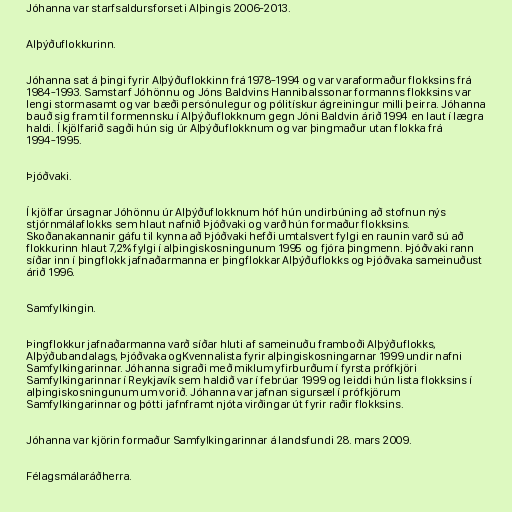
Jóhanna var starfsaldursforseti Alþingis 2006-2013.

Alþýðuflokkurinn.

Jóhanna sat á þingi fyrir Alþýðuflokkinn frá 1978-1994 og var varaformaður flokksins frá
1984-1993. Samstarf Jóhönnu og Jóns Baldvins Hannibalssonar formanns flokksins var
lengi stormasamt og var bæði persónulegur og pólitískur ágreiningur milli þeirra. Jóhanna
bauð sig fram til formennsku í Alþýðuflokknum gegn Jóni Baldvin árið 1994 en laut í lægra
haldi. Í kjölfarið sagði hún sig úr Alþýðuflokknum og var þingmaður utan flokka frá
1994-1995.

Þjóðvaki.

Í kjölfar úrsagnar Jóhönnu úr Alþýðuflokknum hóf hún undirbúning að stofnun nýs
stjórnmálaflokks sem hlaut nafnið Þjóðvaki og varð hún formaður flokksins.
Skoðanakannanir gáfu til kynna að Þjóðvaki hefði umtalsvert fylgi en raunin varð sú að
flokkurinn hlaut 7,2% fylgi í alþingiskosningunum 1995 og fjóra þingmenn. Þjóðvaki rann
síðar inn í þingflokk jafnaðarmanna er þingflokkar Alþýðuflokks og Þjóðvaka sameinuðust
árið 1996.

Samfylkingin.

Þingflokkur jafnaðarmanna varð síðar hluti af sameinuðu framboði Alþýðuflokks,
Alþýðubandalags, Þjóðvaka ogKvennalista fyrir alþingiskosningarnar 1999 undir nafni
Samfylkingarinnar. Jóhanna sigraði með miklum yfirburðum í fyrsta prófkjöri
Samfylkingarinnar í Reykjavík sem haldið var í febrúar 1999 og leiddi hún lista flokksins í
alþingiskosningunum um vorið. Jóhanna var jafnan sigursæl í prófkjörum
Samfylkingarinnar og þótti jafnframt njóta virðingar út fyrir raðir flokksins.

Jóhanna var kjörin formaður Samfylkingarinnar á landsfundi 28. mars 2009.

Félagsmálaráðherra.